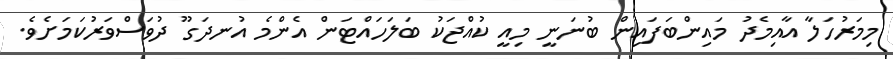
މިމަރުހަލާ އާއިމެދު މައިންބަފައިން ބުނަނީ މިއީ ކުއްޖަކު ބަލަހައްޓަން އެންމެ އުނދަގޫ ދުވަސްވަރުކަމަށެވެ.